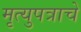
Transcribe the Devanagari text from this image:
मृत्युपत्राचे